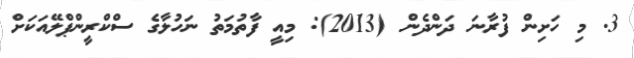
3. މި ހަށިން ފުރާނަ ދަންދެން (2013): މިއީ ފާތުމަތު ނަހުލާގެ ސްކްރީންޕްލޭއަކަށް